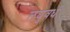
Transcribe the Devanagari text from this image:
लघुवर्ध